Leaving Certificate Examination (including Day School Certificate (Higher) General paper), 1933
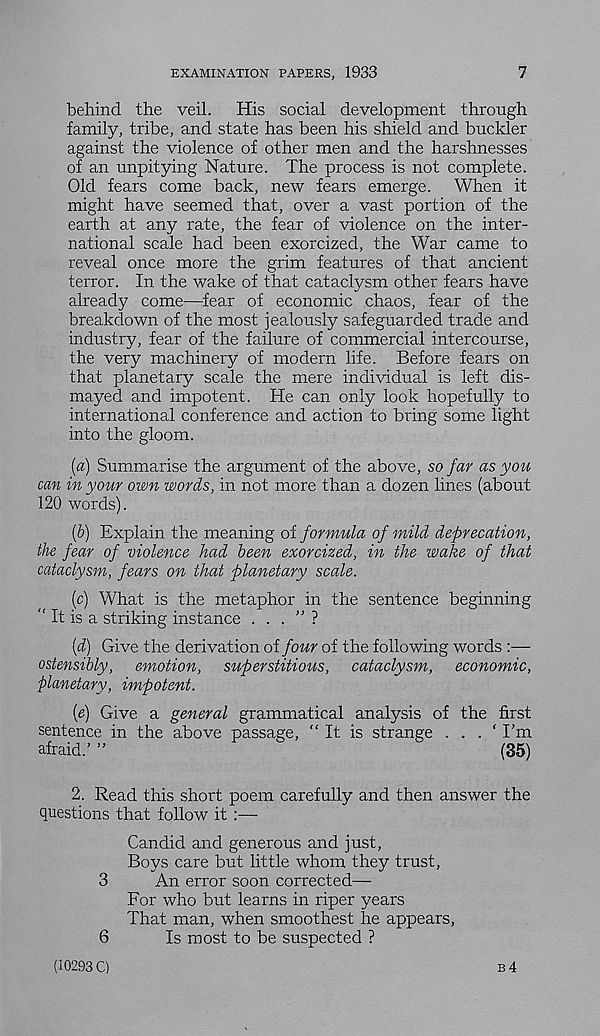
EXAMINATION PAPERS, 1933
7
behind the veil. His social development through
family, tribe, and state has been his shield and buckler
against the violence of other men and the harshnesses
of an unpitying Nature. The process is not complete.
Old fears come back, new fears emerge. When it
might have seemed that, over a vast portion of the
earth at any rate, the fear of violence on the inter-
national scale had been exorcized, the War came to
reveal once more the grim features of that ancient
terror. In the wake of that cataclysm other fears have
already come—fear of economic chaos, fear of the
breakdown of the most jealously safeguarded trade and
industry, fear of the failure of commercial intercourse,
the very machinery of modern life. Before fears on
that planetary scale the mere individual is left dis-
mayed and impotent. He can only look hopefully to
international conference and action to bring some light
into the gloom.
{a) Summarise the argument of the above, so far as you
can in your own words, in not more than a dozen lines (about
120 words).
(&) Explain the meaning of formula of mild deprecation,
the fear of violence had been exorcized, in the wake of that
cataclysm, fears on that planetary scale.
(c) What is the metaphor in the sentence beginning
“ It is a striking instance . . . ” ?
(d) Give the derivation oifour of the following words :—
ostensibly, emotion, superstitious, cataclysm, economic,
planetary, impotent.
(e) Give a general grammatical analysis of the first
sentence in the above passage, “It is strange . . . ‘I’m
afraid.’ ”
(35)
2. Read this short poem carefully and then answer the
questions that follow it :—•
Candid and generous and just,
Boys care but little whom they trust,
3
An error soon corrected—
For who but learns in riper years
That man, when smoothest he appears,
6
Is most to be suspected ?
(10293 C)
B4